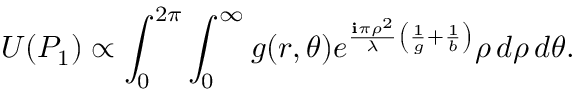
U ( P _ { 1 } ) \propto \int _ { 0 } ^ { 2 \pi } \int _ { 0 } ^ { \infty } g ( r , \theta ) e ^ { { \frac { \mathbf { i } \pi \rho ^ { 2 } } { \lambda } } \left( { \frac { 1 } { g } } + { \frac { 1 } { b } } \right) } \rho \, d \rho \, d \theta .